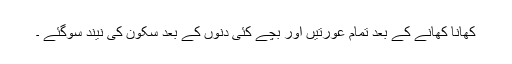
کھانا کھانے کے بعد تمام عورتیں اور بچے کئی دنوں کے بعد سکون کی نیند سوگئے ۔